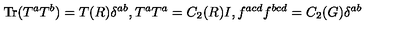
\mathrm { T r } ( T ^ { a } T ^ { b } ) = T ( R ) \delta ^ { a b } , T ^ { a } T ^ { a } = C _ { 2 } ( R ) I , f ^ { a c d } f ^ { b c d } = C _ { 2 } ( G ) \delta ^ { a b }